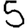
Digit: 5